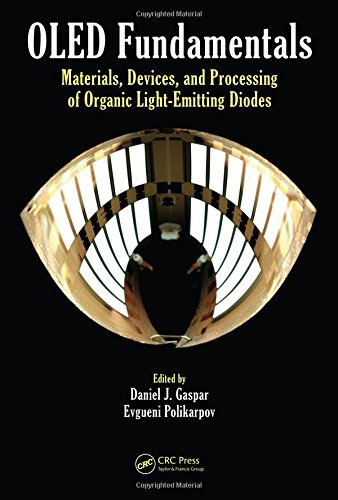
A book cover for OLED Fundamentals: Materials, Devices, and Processing of Organic Light-Emitting Diodes; Science & Math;